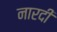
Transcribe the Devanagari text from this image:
नारदी